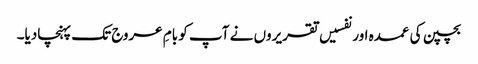
بچپن کی عمدہ اور نفسیں تقریروں نے آپ کو بامِ عروج تک پہنچادیا۔